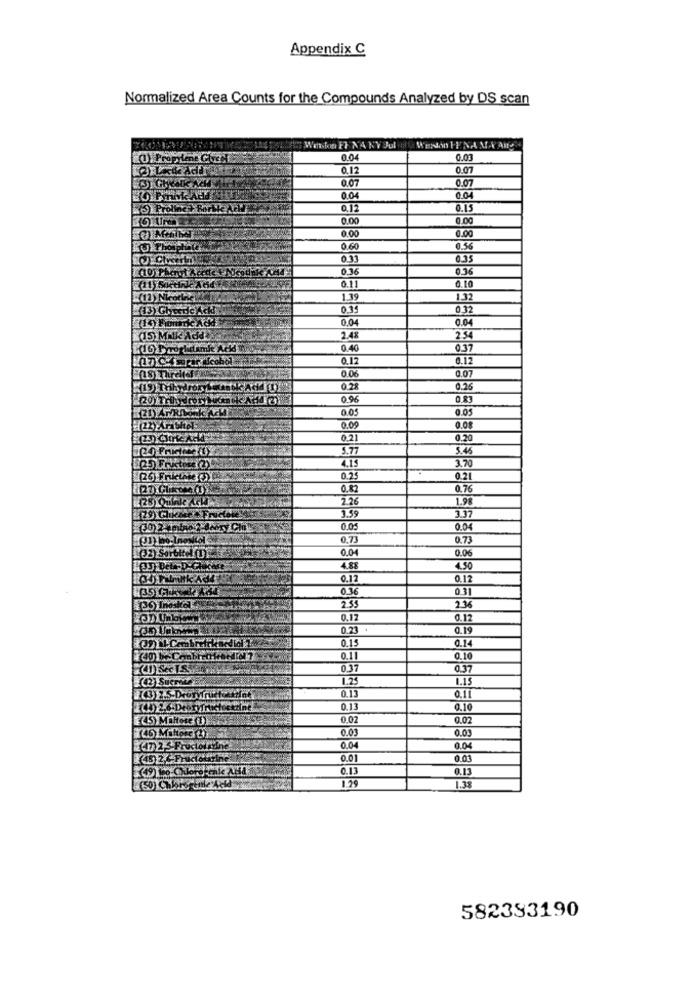
Appendix C
Normalized Area Counts for the Compounds Analyzed by DS scan
Wenton FF NA KV Jul a WENdan FENA M.NAIS
0.04
0.03
0.12
0.07
0.07
0.07
0.04
0.04
0.12
0.15
0.00
0.00
0.00
0.00
0.60
0.56
0.11
0.35
((10) Pharet A cette FAUco!
0.36
0.36
0.11
0.10
-(12) Nice
1.39
1.32
(3)GherdeAck
0.11
0.32
0.04
0.04
2.48
2.54
1(16 Programke Acid
0.40
0.37
0.12
0.12
0.06
0.07
0.26
0.96
0.83
0.05
0.05
0.09
0.08
0.21
0.20
5.77
5.46
3.70
4.15
0.25
0.21
0.82
0.76
28)Quinte Acid.
2.26
1.98
3.37
3.59
(30)2 11
0.05
0.04
0.73
0.73
0.04
0.06
4.88
4.50
0.12
0.12
#35) C
0.36
0.31
2.35
2.36
0,17
0.12
0.23
0.19
0.15
0.14
0.11
0.10
0.37
0.37
1.25
1.15
0.13
0.13
0.10
45) Maltose (1)
0.02
0.02
(46) Miltorc (2)
0.03
0.03
0,04
0.04
45) 2.2 Fructourine
0.01
0.01
0.13
0.13
1.29
(50) Chbrschule Acid
1.33
582333190